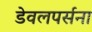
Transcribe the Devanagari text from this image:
डेवलपर्सना